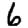
Digit: 6